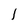
Character: l